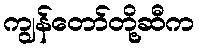
ကျွန်တော်တို့ဆီက